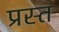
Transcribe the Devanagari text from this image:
प्रस्त